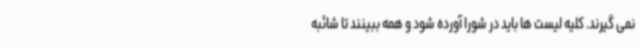
نمی گیرند. کلیه لیست ها باید در شورا آورده شود و همه ببینند تا شائبه